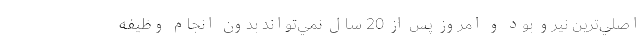
اصلي‌ترين نيرو بود و امروز پس از 20 سال نمي‌تواند بدون انجام وظيفه